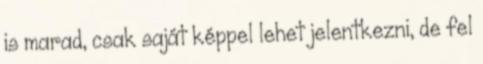
is marad, csak saját képpel lehet jelentkezni, de fel